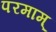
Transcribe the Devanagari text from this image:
परमाम्